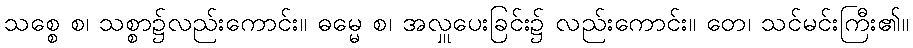
သစ္စေ စ၊ သစ္စာ၌လည်းကောင်း။ ဓမ္မေ စ၊ အလှူပေးခြင်း၌ လည်းကောင်း။ တေ၊ သင်မင်းကြီး၏။